Madras plague regulations and rules for the city of Madras
Disease focus: Plague
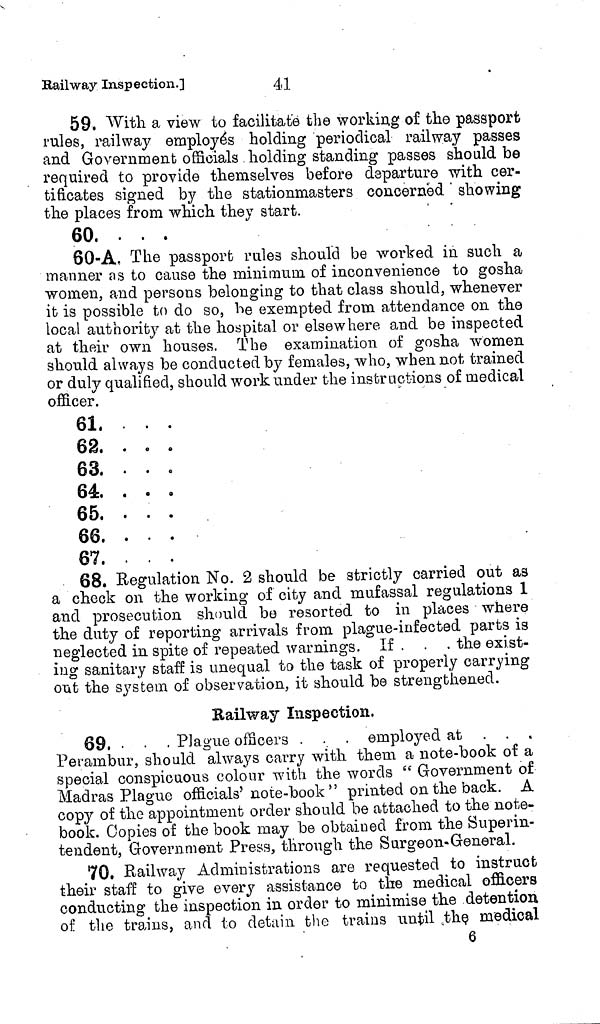
Railway Inspection.]
41
59. With a view to facilitate the working of the passport
rules, railway employés holding periodical railway passes
and Government officials holding standing passes should be
required to provide themselves before departure with cer-
tificates signed by the stationmasters concerned ' showing
the places from which they start.
'
60. ...
60-A, The passport rules should be worked in such a
manner as to cause the minimum of inconvenience to gosha
women, and persons belonging to that class should, whenever
it is possible to do so, be exempted from attendance on the
local authority at the hospital or elsewhere and be inspected
at their own houses. The examination of gosha women
should always be conducted by females, who, when not trained
or duly qualified, should work under the instructions of medical
officer.
61. ...
62. . . .
63. ...
64
...
65. ...
66. . . .
67. ...
68. Regulation No. 2 should be strictly carried out as
a check on the working of city and mufassal regulations 1
and prosecution should be resorted to in places where
the duty of reporting arrivals from plague-infected parts is
neglected in spite of repeated warnings. If ...
the exist-
ing sanitary staff is unequal to the task of properly carrying
out the system of observation, it should be strengthened.
Railway Inspection.
69. . . . Plague officers . . . employed at
...
Perambur, should always carry with them a note-book of a
special conspicuous colour with the words "Government of
Madras Plague officials' note-book" printed on the back. A
copy of the appointment order should be attached to the note-
book. Copies of the book may be obtained from the Superin-
tendent, Government Press, through the Surgeon-General.
70. Railway Administrations are requested to instruct
their staff to give every assistance to the medical officers
conducting the inspection in order to minimise the detention
of the trains, and to detain the trains until the medical
6